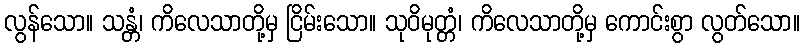
လွန်သော။ သန္တံ၊ ကိလေသာတို့မှ ငြိမ်းသော။ သုဝိမုတ္တံ၊ ကိလေသာတို့မှ ကောင်းစွာ လွတ်သော။